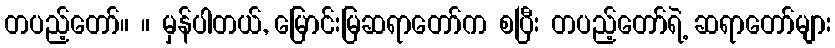
တပည့်တော်။ ။ မှန်ပါတယ်, မြောင်းမြဆရာတော်က စပြီး တပည့်တော်ရဲ့ ဆရာတော်များ